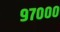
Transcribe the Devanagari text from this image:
९७०००